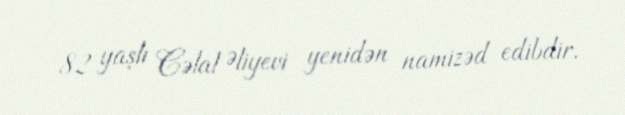
82 yaşlı Cəlal Əliyevi yenidən namizəd edibdir.